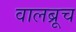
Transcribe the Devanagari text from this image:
वालब्रूच